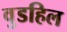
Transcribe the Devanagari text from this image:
वुडहिल